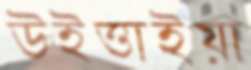
উইত্তাইয়া